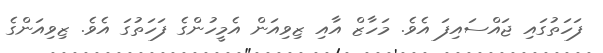
ފަހަތުގައި ޖައްސައިފަ އެވެ. މަހާޒް އާއި ޒިވިއަން އެމީހުންގެ ފަހަތުގަ އެވެ. ޒިވިއަންގެ